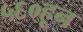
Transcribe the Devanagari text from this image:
५६०हून